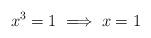
LaTeX: \begin{align*} x^3 = 1\implies x = 1\end{align*}